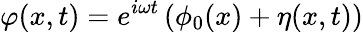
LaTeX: \varphi(x,t)=e^{i\omega t}\left(\phi_{0}(x)+\eta(x,t)\right)